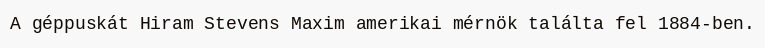
A géppuskát Hiram Stevens Maxim amerikai mérnök találta fel 1884-ben.